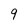
Character: 9